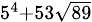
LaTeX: \scriptstyle 5^{4}+53{\sqrt{89}}